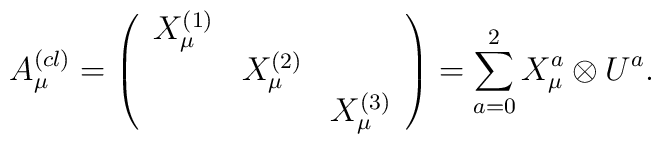
A_{\mu}^{(cl)}=\left( \begin{array}{ccc}  X_{\mu}^{(1)}  & & \\    & X_{\mu}^{(2)} & \\    & & X_{\mu}^{(3)}\end{array}\right) = \sum_{a=0}^2 X_{\mu}^{a} \otimes U^a.